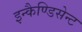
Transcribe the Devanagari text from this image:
इन्कैण्डिसेन्ट